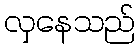
လှနေသည်